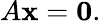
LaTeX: A\mathbf{x}=\mathbf{0}.